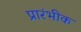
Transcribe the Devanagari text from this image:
प्रारंभीक